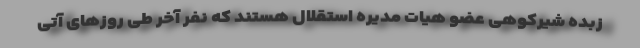
زبده شیرکوهی عضو هیات مدیره استقلال هستند که نفر آخر طی روزهای آتی